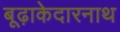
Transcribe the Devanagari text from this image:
बूढ़ाकेदारनाथ